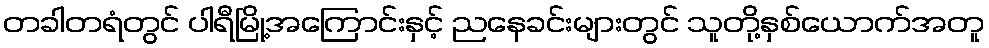
တခါတရံတွင် ပါရီမြို့အကြောင်းနှင့် ညနေခင်းများတွင် သူတို့နှစ်ယောက်အတူ